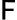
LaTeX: \textsf{F}